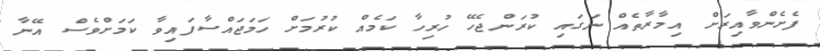
ފެށެންވާއިރަށް އިމާރާތެއް ނަގައި ކުރަންޖެހޭ ހުރިހާ ކަމެއް ކުރުމަށް ހަމަޖައްސާފައިވާ ކަމަށްވެސް އޭނާ